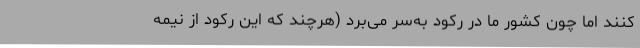
کنند اما چون کشور ما در رکود به‌سر می‌برد (هرچند که این رکود از نیمه